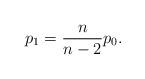
LaTeX: \begin{align*}p_{1}=\frac{n}{n-2}p_{0}. \end{align*}